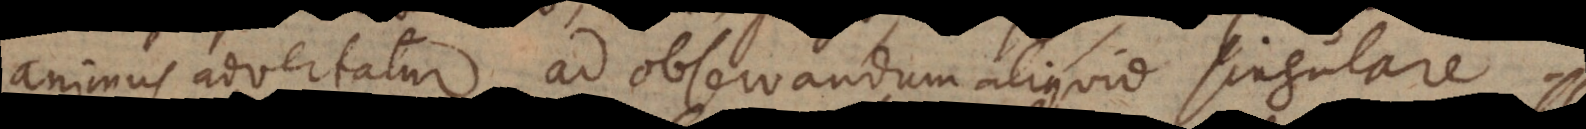
animus advertatur ad observandum aliquid singulare.